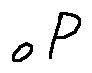
o P